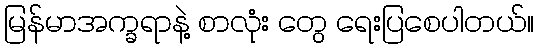
မြန်မာအက္ခရာနဲ့ စာလုံး တွေ ရေးပြစေပါတယ်။